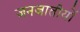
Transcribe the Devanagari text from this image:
जनजातीयों